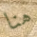
هنا